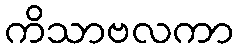
ကိသာဗလကာ